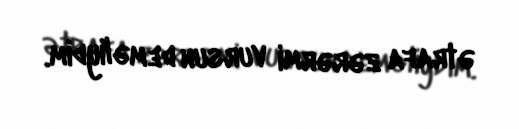
ətrafa zərərmi vursun deməliydim.